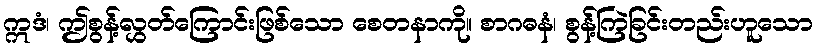
ဣဒံ၊ ဤစွန့်လွှတ်ကြောင်းဖြစ်သော စေတနာကို။ စာဂဓနံ၊ စွန့်ကြဲခြင်းတည်းဟူသော